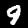
Label: 9